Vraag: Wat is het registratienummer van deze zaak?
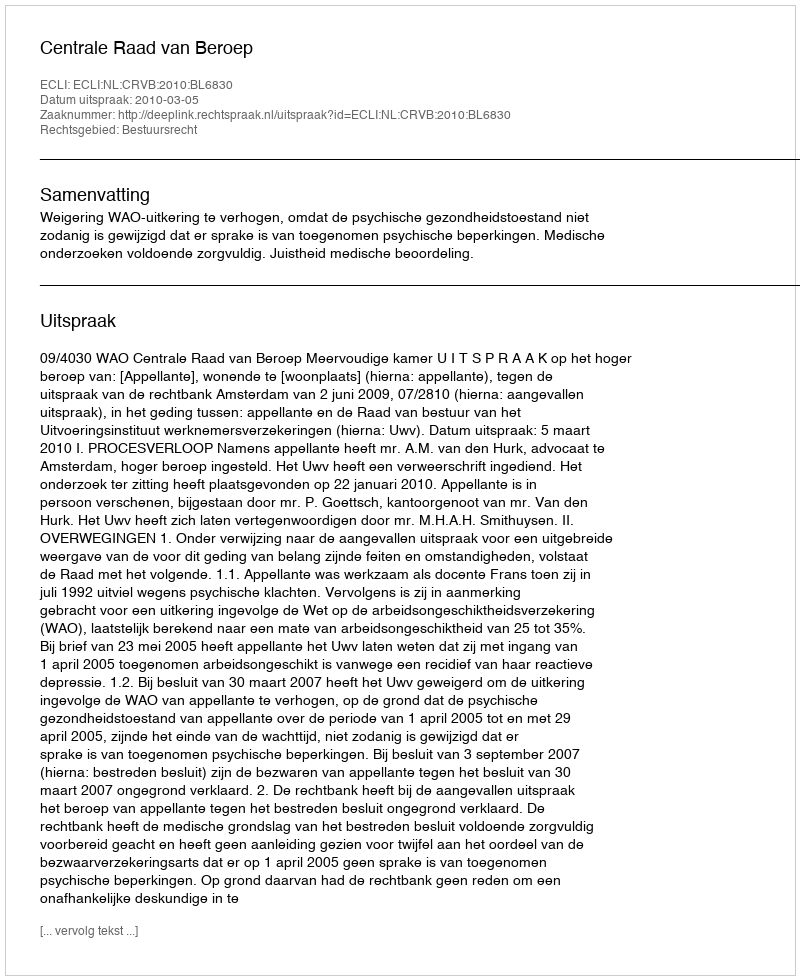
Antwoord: http://deeplink.rechtspraak.nl/uitspraak?id=ECLI:NL:CRVB:2010:BL6830